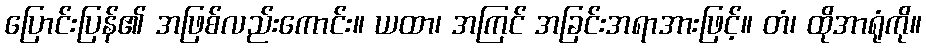
ပြောင်းပြန်၏ အဖြစ်လည်းကောင်း။ ယထာ၊ အကြင် အခြင်းအရာအားဖြင့်။ တံ၊ ထိုအာရုံကို။